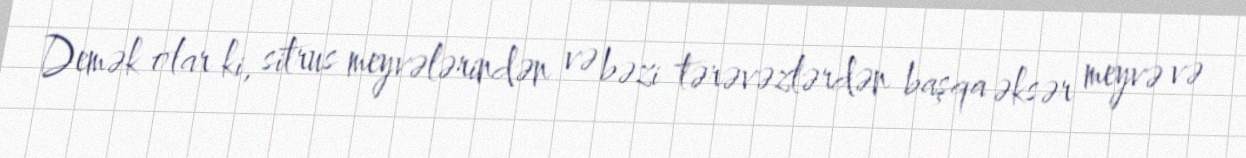
Demək olar ki, sitrus meyvələrindən və bəzi tərəvəzlərdən başqa əksər meyvə və